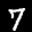
Label: 7